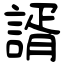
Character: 諝